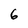
Character: 6